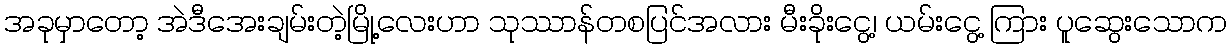
အခုမှာတော့ အဲဒီအေးချမ်းတဲ့မြို့လေးဟာ သုဿာန်တစပြင်အလား မီးခိုးငွေ့၊ ယမ်းငွေ့ ကြား ပူဆွေးသောက